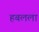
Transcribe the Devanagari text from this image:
हबलला